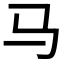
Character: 马